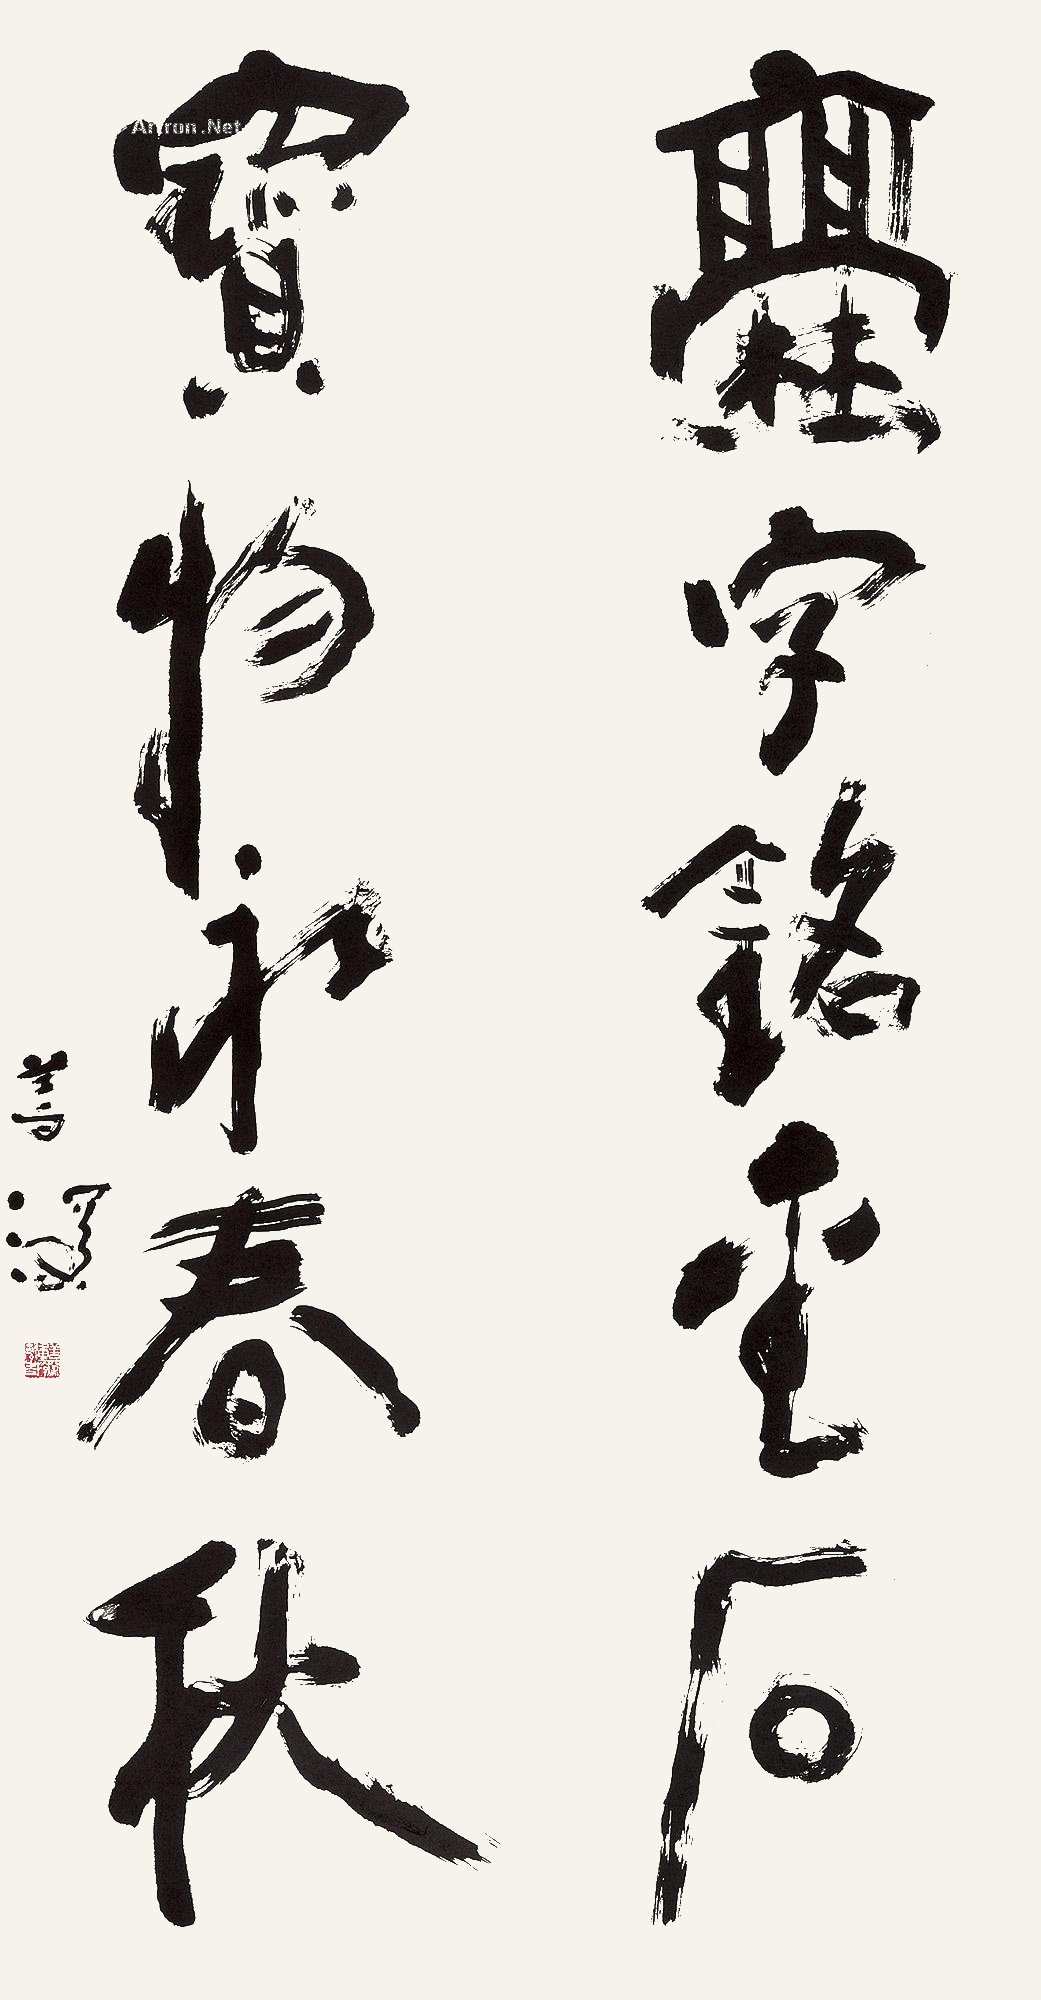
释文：爨字铭金石，宝物永春秋。善深。